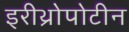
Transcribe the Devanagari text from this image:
इरीथ्रोपोटीन